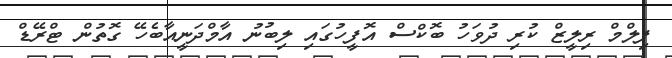
ފިލްމް ރިލީޒް ކުރި ދުވަހު ބޮކްސް އޮފީހުގައި ލިބުނު އާމްދަނީއާބެހޭ ގޮތުން ޓްރޭޑް